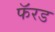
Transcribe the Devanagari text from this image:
फॅरड